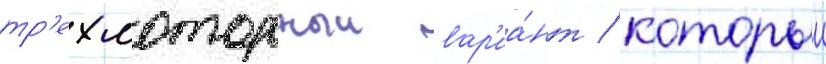
тр'ехмоторныи вар'иа́нт / которыи